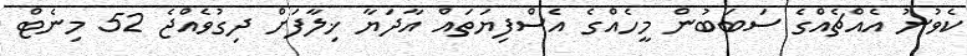
ކެވުނު އެއްޗެއްގެ ސަބަބުން މީހެއްގެ އެސްފިޔަތައް އާދަޔާ ޚިލާފަށް ދިގުވެއްޖެ 52 މިނެޓް